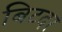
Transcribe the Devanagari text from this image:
बिटदर